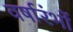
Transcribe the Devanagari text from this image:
वर्षारंभों